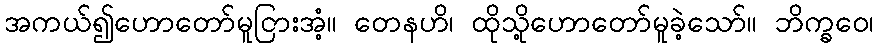
အကယ်၍ဟောတော်မူငြားအံ့။ တေနဟိ၊ ထိုသို့ဟောတော်မူခဲ့သော်။ ဘိက္ခဝေ၊